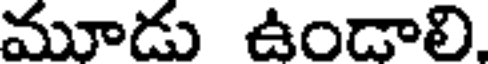
మూడు ఉండాలి.